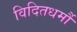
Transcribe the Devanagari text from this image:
विदितधर्मौ